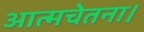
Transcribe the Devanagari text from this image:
आत्मचेतना।